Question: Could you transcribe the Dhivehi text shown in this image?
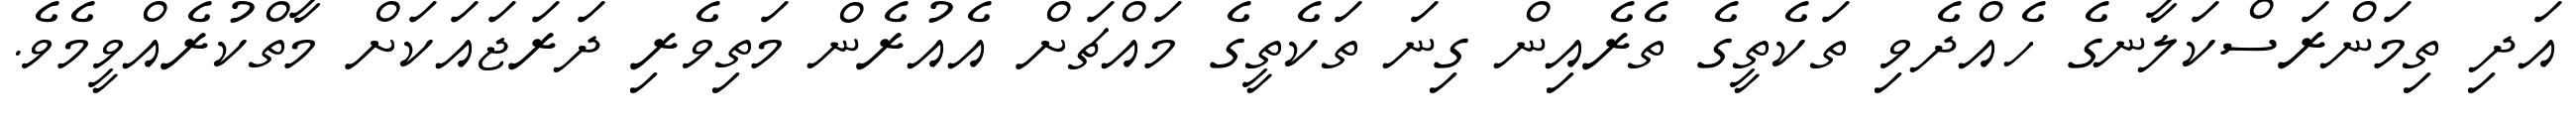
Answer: އަދި ތިމަންރަސްކަލާނގެ ހެއްދެވި ތަކެތީގެ ތެރެއިން ގިނަ ތަކެތީގެ މައްޗަށް އެއުރެން މަތިވެރި ދަރަޖައަކަށް މާތްކުރެއްވީމެވެ.